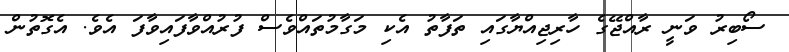
ސޯބިރު ވަނީ ރާއްޖޭގެ ހާރިޖިއްޔާގައި ތަފާތު އެކި މަގާމުތައްވެސް ފުރުއްވާފައިވާފަ އެވެ. އެގޮތުން